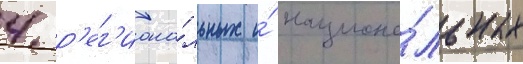
4 р'ег'иона́льных и́ национа́льных